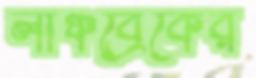
লাঞ্চব্রেকের